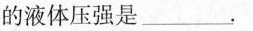
的液体压强是___。